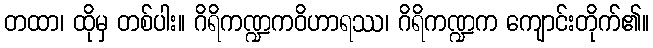
တထာ၊ ထိုမှ တစ်ပါး။ ဂိရိကဏ္ဍကဝိဟာရဿ၊ ဂိရိကဏ္ဍက ကျောင်းတိုက်၏။